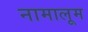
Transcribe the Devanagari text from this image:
नामालूम